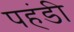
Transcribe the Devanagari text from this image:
पहंडी